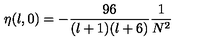
\eta ( l , 0 ) = - \frac { 9 6 } { ( l + 1 ) ( l + 6 ) } \frac { 1 } { N ^ { 2 } }